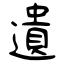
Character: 遺